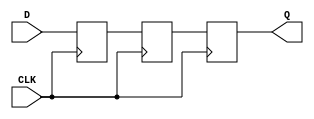
module TwoFF_Metastability_Detector (
    input wire D,      // Asynchronous input signal
    input wire CLK,    // Local clock signal
    output reg Q       // Stable output signal
);

    // Internal signals for the flip-flops
    reg FF1;          // Output of the first flip-flop
    reg FF2;          // Output of the second flip-flop

    // First flip-flop (FF1) sampling the asynchronous input D
    always @(posedge CLK) begin
        FF1 <= D;     // Sample D on the rising edge of CLK
    end

    // Second flip-flop (FF2) sampling the output of FF1
    always @(posedge CLK) begin
        FF2 <= FF1;   // Sample FF1 on the next rising edge of CLK
    end

    // Output assignment
    always @(posedge CLK) begin
        Q <= FF2;      // Output Q follows FF2
    end

endmodule